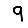
Digit: 9